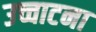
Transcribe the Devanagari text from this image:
उच्चाटना